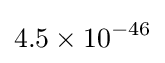
4.5\times 10^{-46}